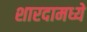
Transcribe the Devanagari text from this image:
शारदामध्ये